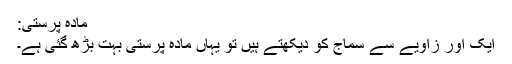
مادہ پرستی:
ایک اور زاویے سے سماج کو دیکھتے ہیں تو یہاں مادہ پرستی بہت بڑھ گئی ہے۔